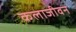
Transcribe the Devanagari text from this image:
कलाजीवन